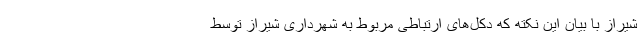
شیراز با بیان این نکته که دکل‌های ارتباطی مربوط به شهرداری شیراز توسط